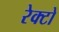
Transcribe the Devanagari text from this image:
रेक्टो